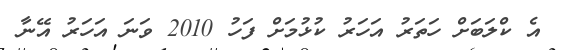
އެ ކްލަބަށް ހަތަރު އަހަރު ކުޅުމަށް ފަހު 2010 ވަނަ އަހަރު އޭނާ